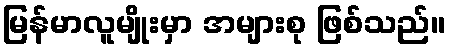
မြန်မာလူမျိုးမှာ အများစု ဖြစ်သည်။